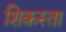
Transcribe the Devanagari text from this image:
शिक़स्ता